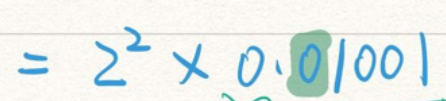
$= 2^{2} \times 0.01001$